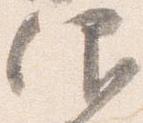
仰